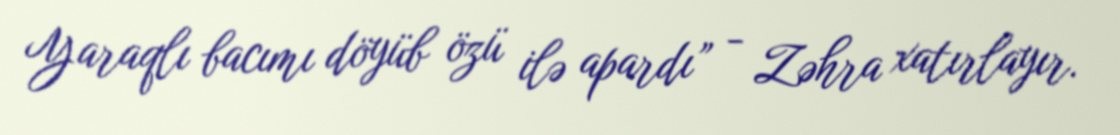
Yaraqlı bacımı döyüb özü ilə apardı” - Zəhra xatırlayır.